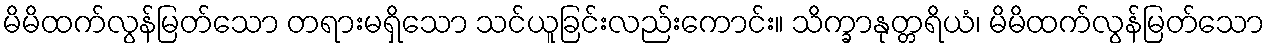
မိမိထက်လွန်မြတ်သော တရားမရှိသော သင်ယူခြင်းလည်းကောင်း။ သိက္ခာနုတ္တရိယံ၊ မိမိထက်လွန်မြတ်သော